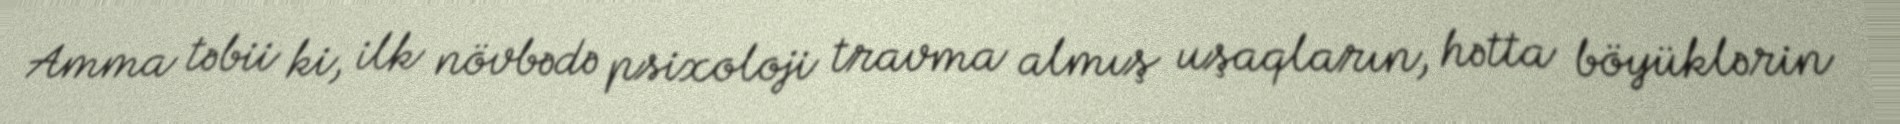
Amma təbii ki, ilk növbədə psixoloji travma almış uşaqların, hətta böyüklərin